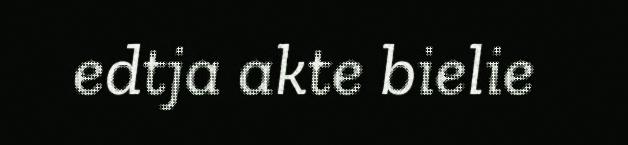
edtja akte bielie